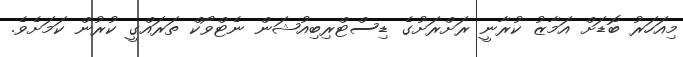
މިއަހަރު ބޮޑަށް އަމާޒު ކުރާނީ ރަށްރަށުގެ ޑިސްޓްރިބިއުޝަން ނެޓްވޯކް ތަރައްގީ ކުރުން ކަމަށެވެ.